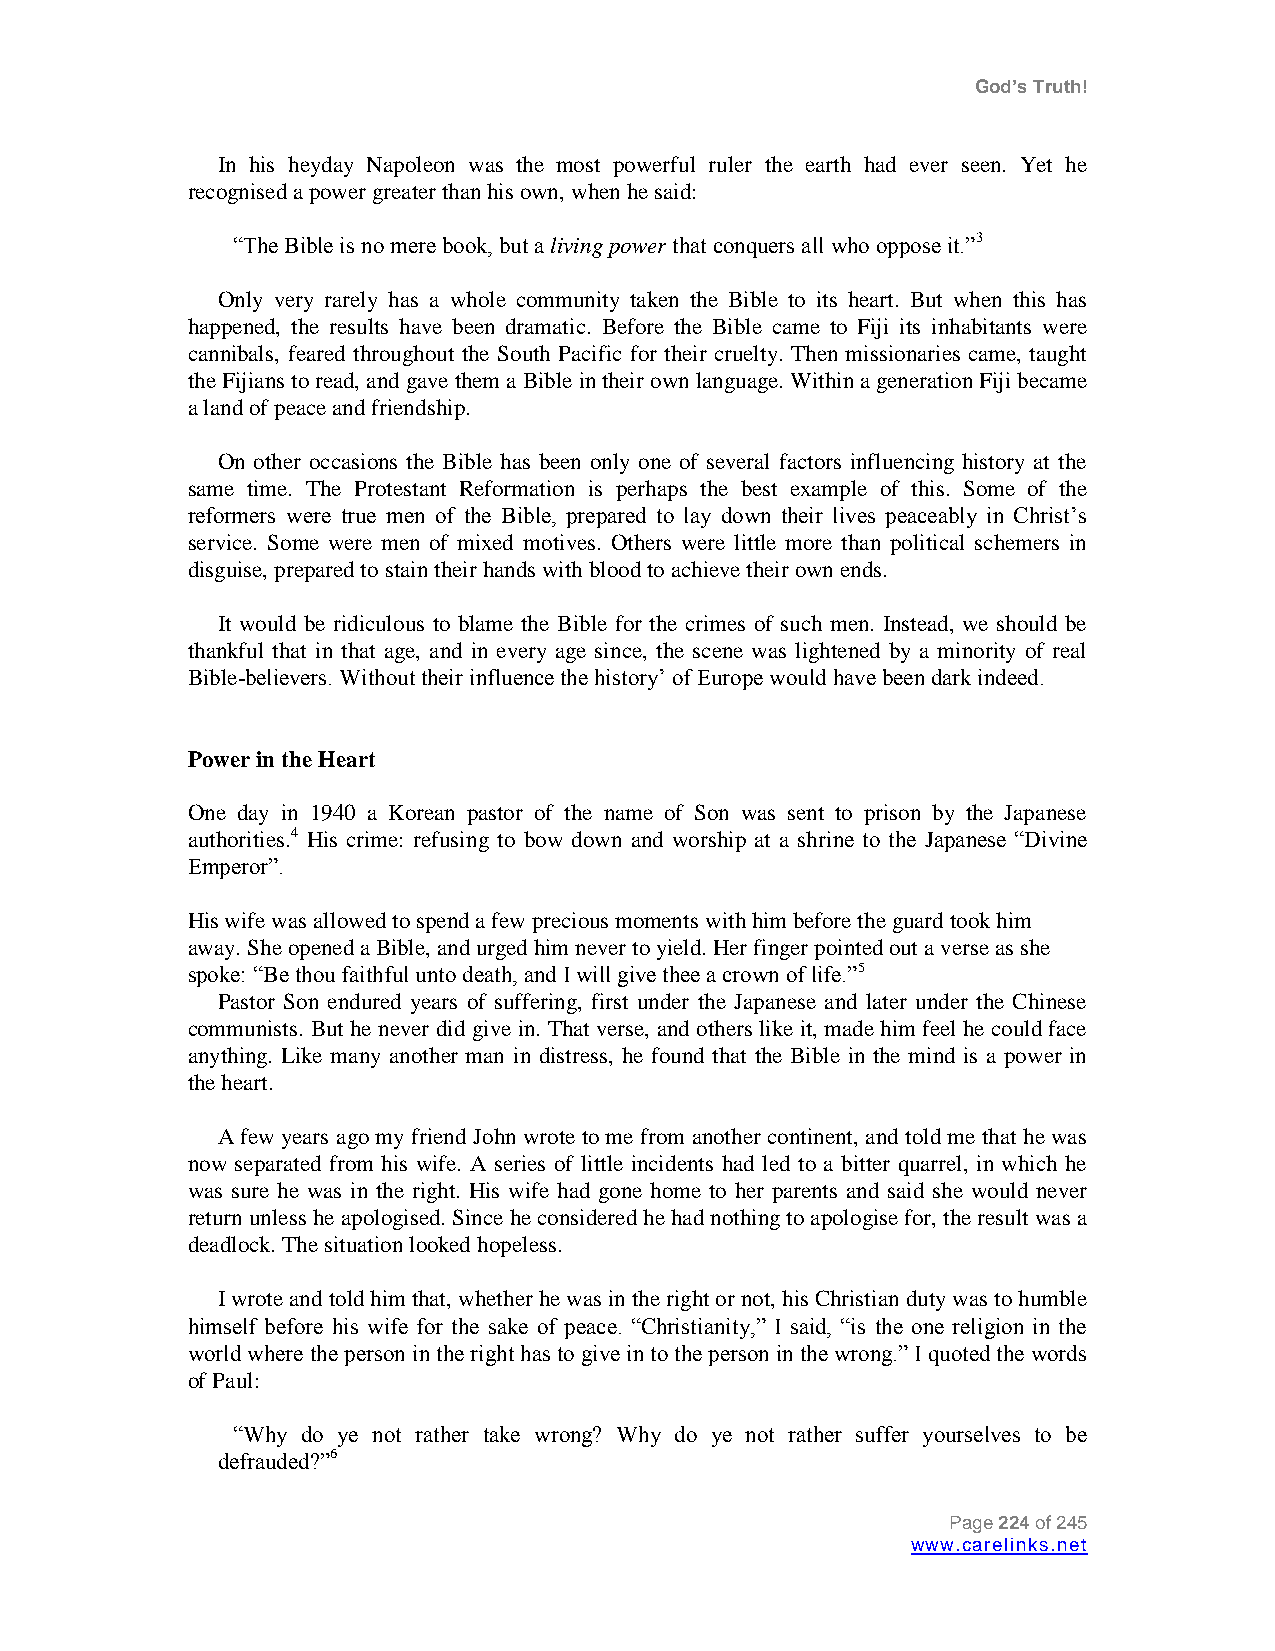
God’s Truth!
 In his heyday Napoleon was the most powerful ruler the earth had ever seen. Yet he
 recognised a power greater than his own, when he said:
 “The Bible is no mere book, but a living power that conquers all who oppose it.”3
 Only very rarely has a whole community taken the Bible to its heart. But when this has
 happened, the results have been dramatic. Before the Bible came to Fiji its inhabitants were
 cannibals, feared throughout the South Pacific for their cruelty. Then missionaries came, taught
 the Fijians to read, and gave them a Bible in their own language. Within a generation Fiji became
 a land of peace and friendship.
 On other occasions the Bible has been only one of several factors influencing history at the
 same time. The Protestant Reformation is perhaps the best example of this. Some of the
 reformers were true men of the Bible, prepared to lay down their lives peaceably in Christ‟s
 service. Some were men of mixed motives. Others were little more than political schemers in
 disguise, prepared to stain their hands with blood to achieve their own ends.
 It would be ridiculous to blame the Bible for the crimes of such men. Instead, we should be
 thankful that in that age, and in every age since, the scene was lightened by a minority of real
 Bible-believers. Without their influence the history‟ of Europe would have been dark indeed.
 Power in the Heart
 One day in 1940 a Korean pastor of the name of Son was sent to prison by the Japanese
 authorities.4 His crime: refusing to bow down and worship at a shrine to the Japanese “Divine
 Emperor”.
 His wife was allowed to spend a few precious moments with him before the guard took him
 away. She opened a Bible, and urged him never to yield. Her finger pointed out a verse as she
 spoke: “Be thou faithful unto death, and I will give thee a crown of life.”5
 Pastor Son endured years of suffering, first under the Japanese and later under the Chinese
 communists. But he never did give in. That verse, and others like it, made him feel he could face
 anything. Like many another man in distress, he found that the Bible in the mind is a power in
 the heart.
 A few years ago my friend John wrote to me from another continent, and told me that he was
 now separated from his wife. A series of little incidents had led to a bitter quarrel, in which he
 was sure he was in the right. His wife had gone home to her parents and said she would never
 return unless he apologised. Since he considered he had nothing to apologise for, the result was a
 deadlock. The situation looked hopeless.
 I wrote and told him that, whether he was in the right or not, his Christian duty was to humble
 himself before his wife for the sake of peace. “Christianity,” I said, “is the one religion in the
 world where the person in the right has to give in to the person in the wrong.” I quoted the words
 of Paul:
 “Why do ye not rather take wrong? Why do ye not rather suffer yourselves to be
 defrauded?”6
 Page 224 of 245
 www.carelinks.net